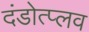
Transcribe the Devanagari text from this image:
दंडोत्प्लव